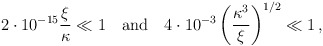
\begin{align*} 2 \cdot 10^{-15} \frac{\xi}{\kappa} \ll 1 \quad \mbox{and} \quad 4 \cdot 10^{-3} \left( \frac{\kappa^3}{\xi} \right)^{1/2} \ll 1\, ,\end{align*}